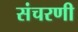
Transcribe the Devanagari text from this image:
संचरणी